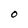
Character: O